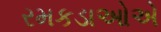
રમકડાઓએ